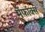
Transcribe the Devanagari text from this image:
मेंफॉक्स